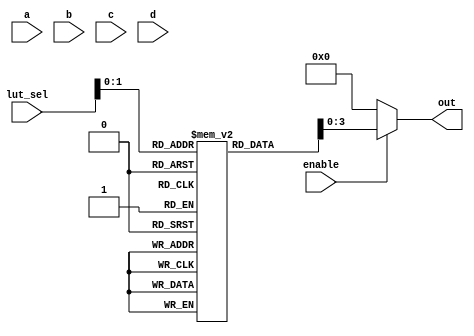
module combinational_logic_block (
    input wire [3:0] a,        // 4-bit input for LUT1
    input wire [3:0] b,        // 4-bit input for LUT2
    input wire [3:0] c,        // 4-bit input for LUT3
    input wire [3:0] d,        // 4-bit input for LUT4
    input wire [3:0] lut_sel,  // LUT selection signals
    input wire enable,          // Enable signal for the LAB
    output wire [3:0] out      // 4-bit output
);

// LUTs for combinational logic
reg [15:0] lut [0:3]; // 4 LUTs, each with 16 possible outputs (2^4 for 4 inputs)

// Initialize LUTs with example logic functions
initial begin
    // Example LUT configurations
    lut[0] = 16'b0000000000000001; // LUT0: AND function
    lut[1] = 16'b0000000000001111; // LUT1: OR function
    lut[2] = 16'b0000000000001010; // LUT2: XOR function
    lut[3] = 16'b0000000000001100; // LUT3: NAND function
end

// Output logic based on selected LUT
assign out = enable ? lut[lut_sel] : 4'b0000; // Output based on enable signal

endmodule